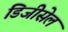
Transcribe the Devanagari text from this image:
डिजीसेल